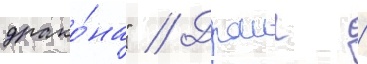
драко́на" // Драиг /